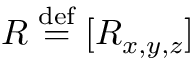
\boldsymbol { R } \stackrel { \mathrm { d e f } } { = } [ R _ { x , y , z } ]